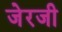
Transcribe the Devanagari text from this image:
जेरजी